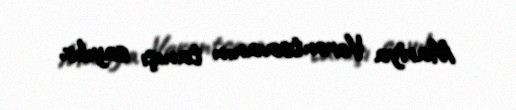
Mariya Vorontsovanın tanışı sayılır.